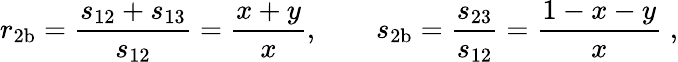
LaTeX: r_{\mathrm{2b}}=\frac{s_{12}+s_{13}}{s_{12}}=\frac{x+y}{x},\qquad s_{\mathrm{2b}}=\frac{s_{23}}{s_{12}}=\frac{1-x-y}{x}\; ,